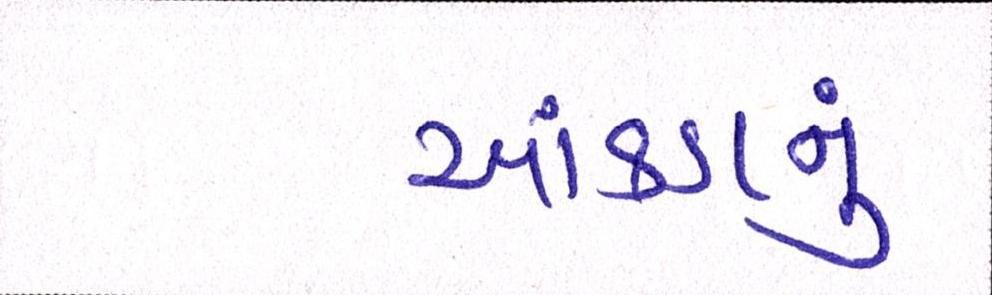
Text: આંકડાનું